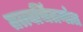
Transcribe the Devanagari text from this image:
तत्त्वचिंतनांत